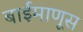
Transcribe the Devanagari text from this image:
बाईमाणूस